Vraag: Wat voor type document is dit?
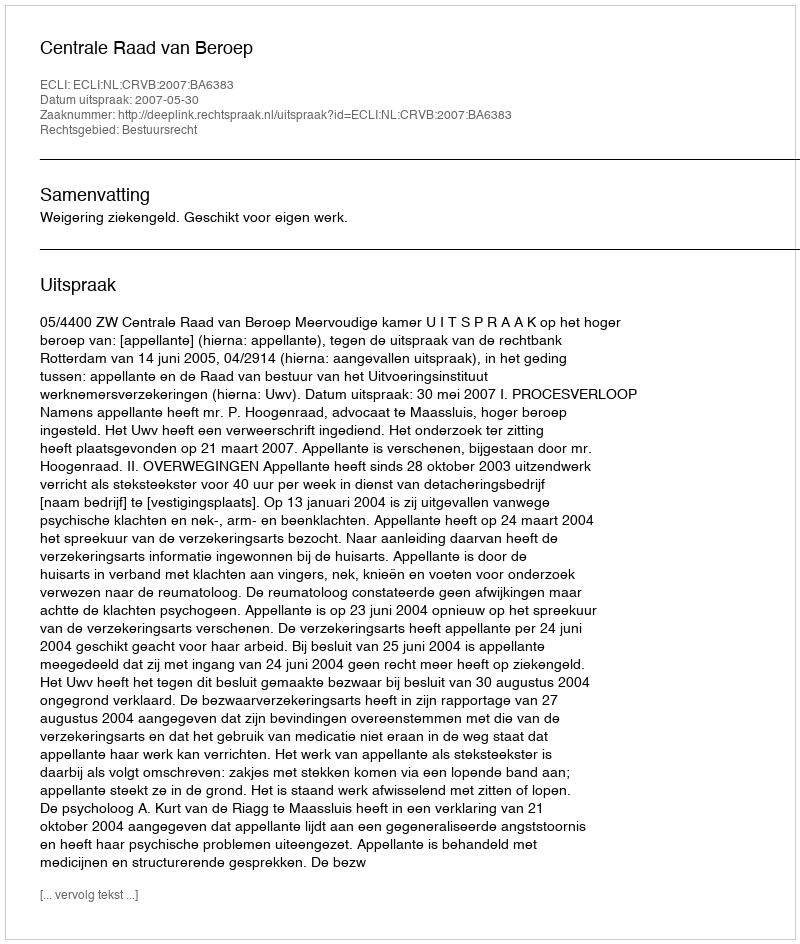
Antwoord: Uitspraak